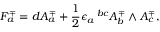
F _ { a } ^ { \mp } = d A _ { a } ^ { \mp } + { \frac { 1 } { 2 } } \epsilon _ { a } \, ^ { b c } A _ { b } ^ { \mp } \wedge A _ { c } ^ { \mp } ,